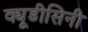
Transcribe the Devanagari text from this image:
क्यूडीसिनी